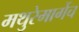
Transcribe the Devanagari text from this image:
मथुरेमार्गेच